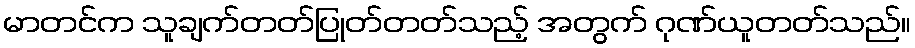
မာတင်က သူချက်တတ်ပြုတ်တတ်သည့် အတွက် ဂုဏ်ယူတတ်သည်။